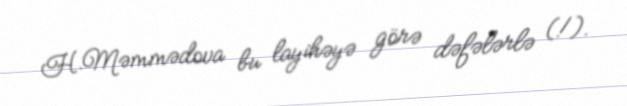
H.Məmmədova bu layihəyə görə dəfələrlə (!).